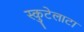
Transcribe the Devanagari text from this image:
स्कुटेलाटा